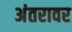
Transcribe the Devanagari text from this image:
अंतरावर